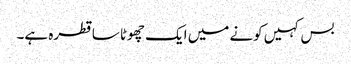
بس کہیں کونے میں ایک چھوٹا سا قطرہ ہے۔